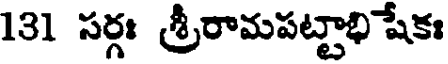
131 సర్గః శ్రీరామపట్టాభి షేకః